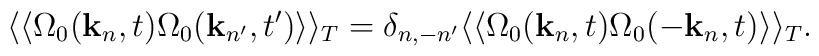
\langle \langle \Omega_0({\bf k}_n,t)\Omega_0({\bf k}_{n'},t') \rangle \rangle_T = \delta_{n, - n'}\langle \langle \Omega_0({\bf k}_n,t)\Omega_0(-{\bf k}_n,t) \rangle \rangle_T.